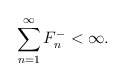
\begin{align*} \sum_{n=1}^\infty F_n^- < \infty.\end{align*}